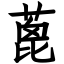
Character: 蓖